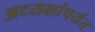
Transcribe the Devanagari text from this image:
अध्यक्षांपर्यंत